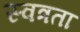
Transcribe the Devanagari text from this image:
स्वत्रता